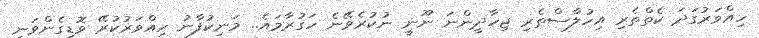
ހިއްވަރުގަދަ ކެތްތެރި އިހުލާސްތެރި ޖިހާދީންނަ ނޫނީ ނުކުރެވޭނެ ހަގުރާމައެ.. މަނިކުފާނު ހިއްވަރުކުރޭ ވޮޑިގެންވަނީ